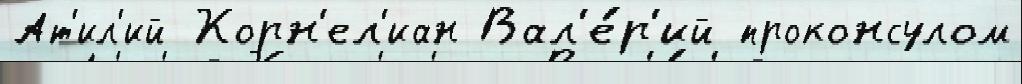
Ат'ил'ий Корн'ел'иан Вал'е́р'ий проконсулом